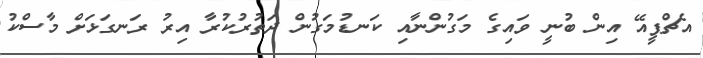
އެޗްޕީއޭ އިން ބުނީ ވައިގެ މަގުންނާއި ކަނޑުމަގުން ދަތުރުކުރާ އިރު ރަނގަޅަށް މާސްކު